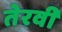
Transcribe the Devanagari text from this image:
तेरवीं